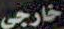
خارجي